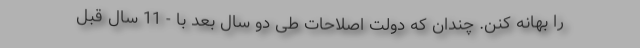
را بهانه کنن. چندان که دولت اصلاحات طی دو سال بعد با - 11 سال قبل